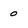
Character: 0